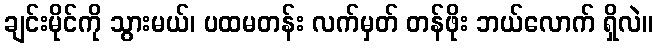
ချင်းမိုင်ကို သွားမယ်၊ ပထမတန်း လက်မှတ် တန်ဖိုး ဘယ်လောက် ရှိလဲ။